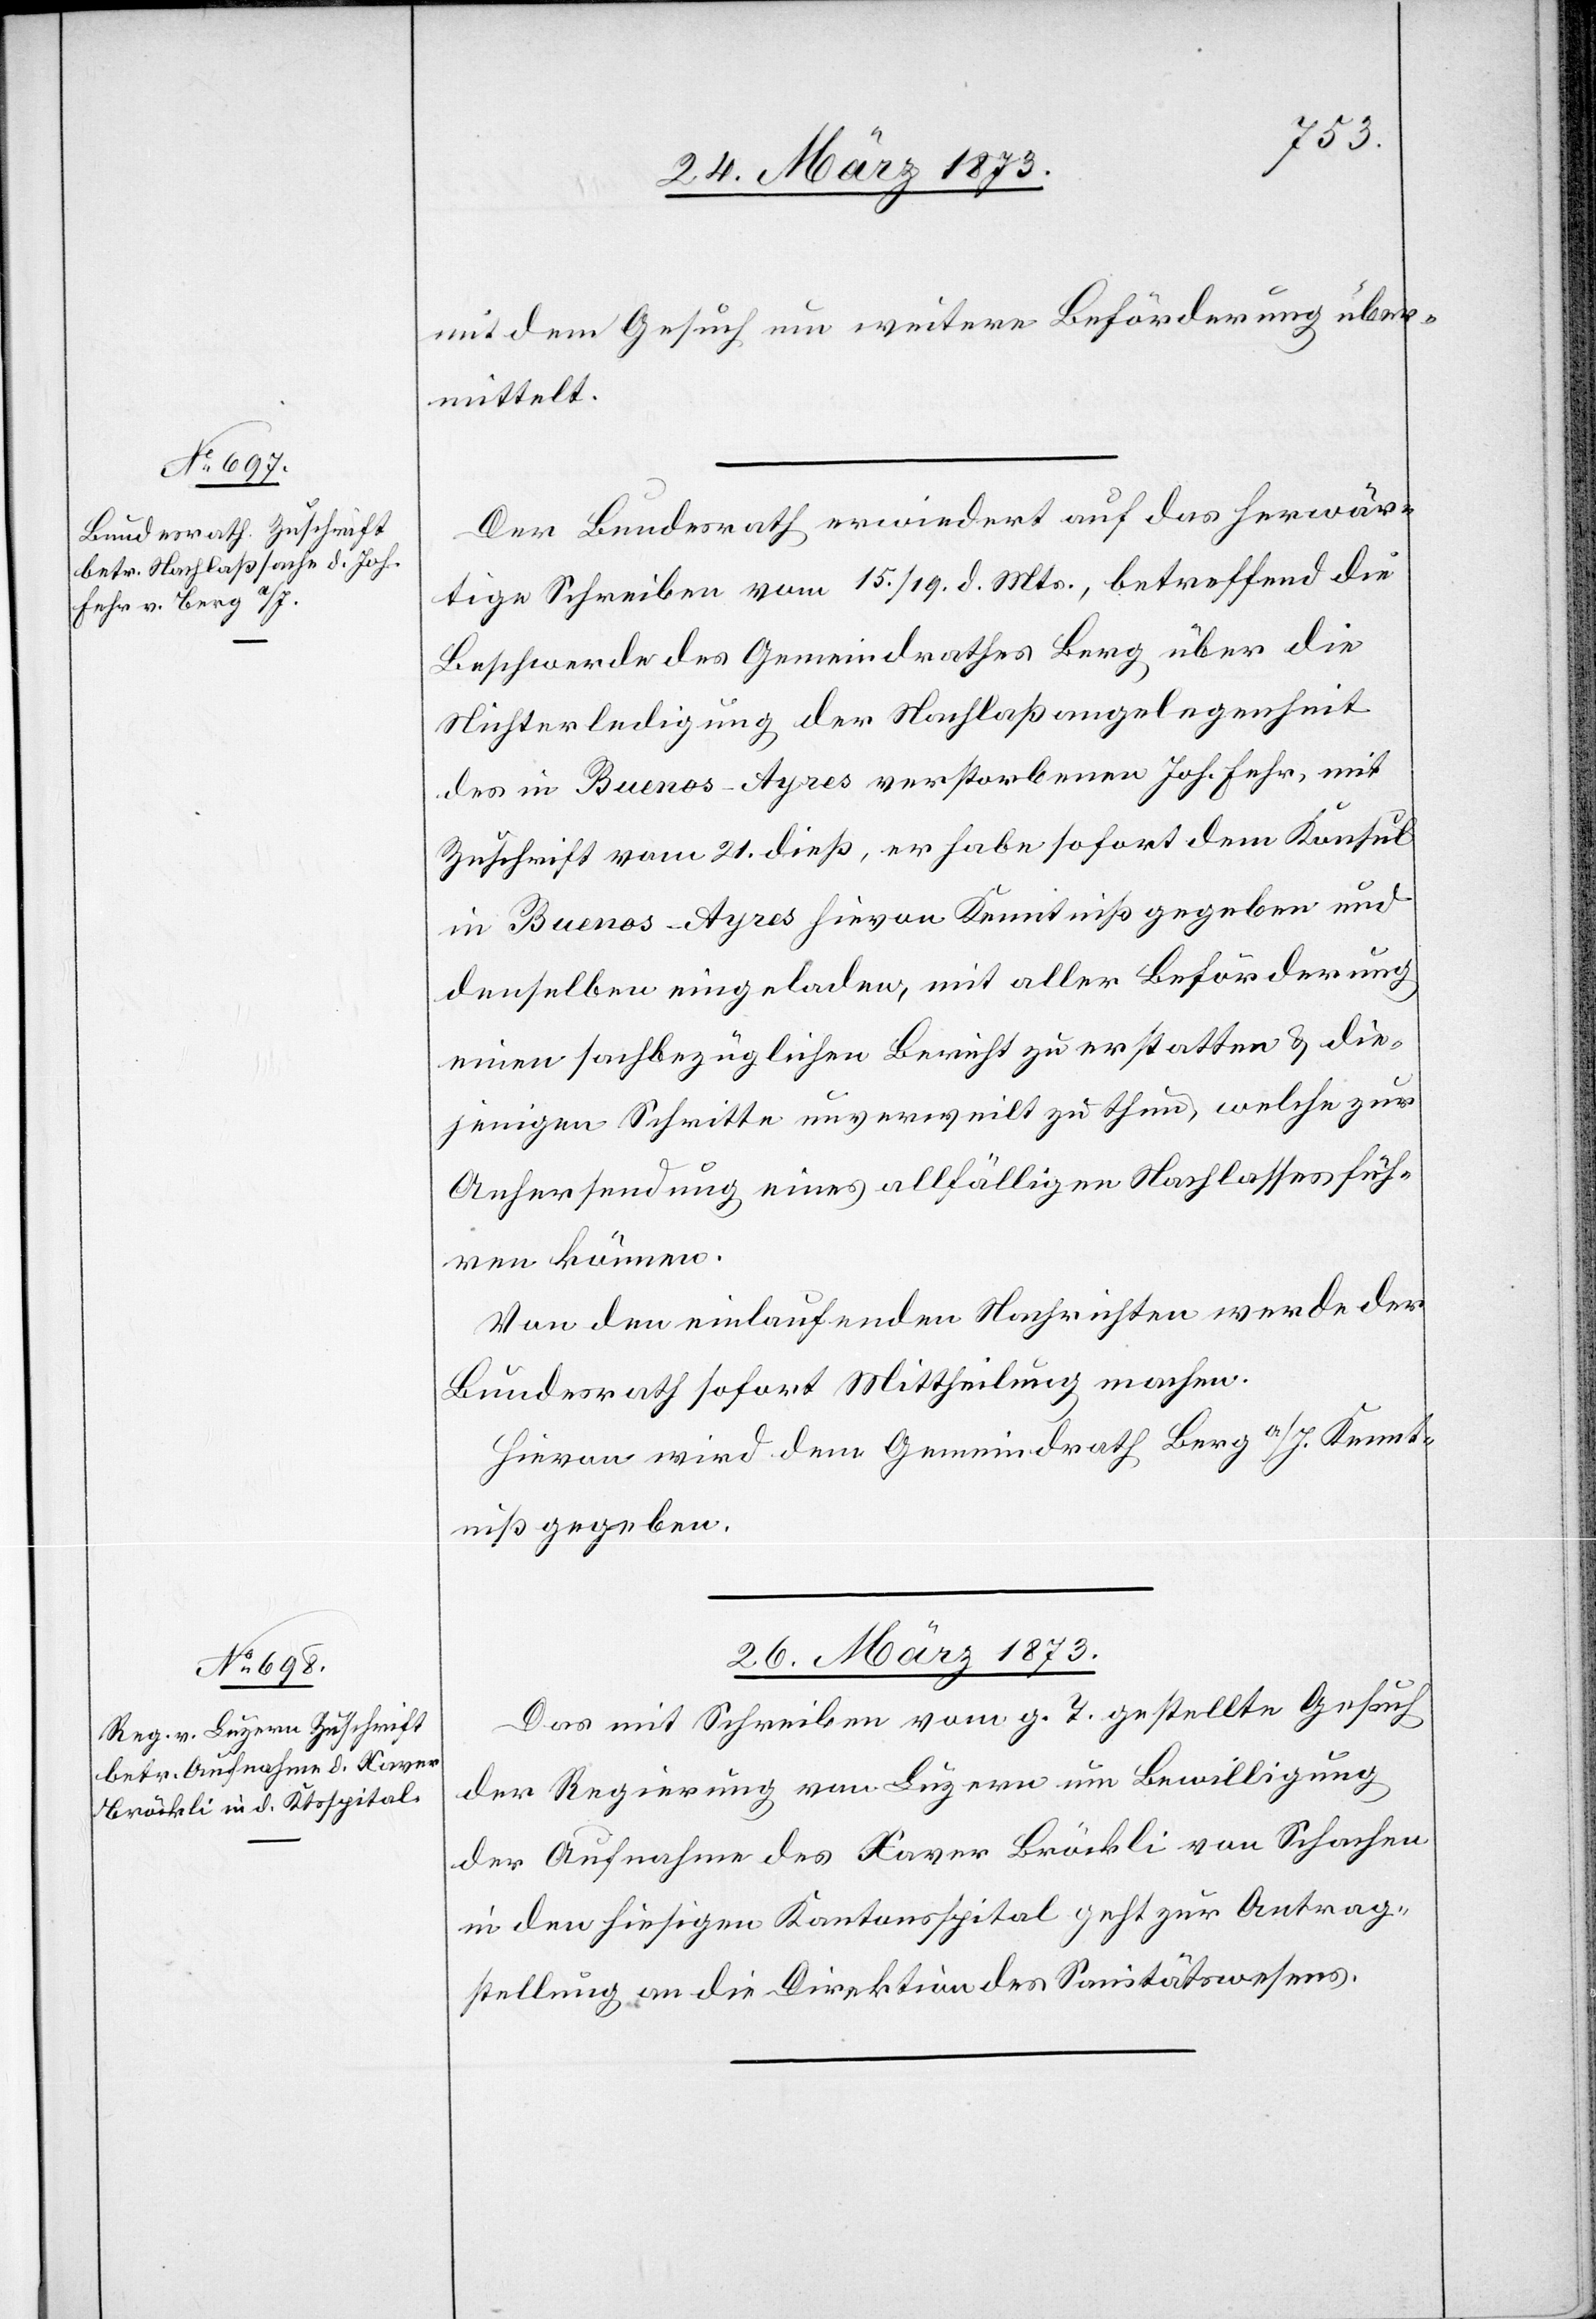
25. März 1873.]
mit dem Gesuch um weitere Beförderung über¬
mittelt.
Der Bundesrath erwiedert auf das herwär¬
tige Schreiben vom 15./19. d. Mts., betreffend die
Beschwerde des Gemeindrathes Berg über die
Nichterledigung der Nachlaßangelegenheit
des in Buenos-Ayres verstorbenen Joh. Fehr, mit
Zuschrift vom 21. dieß, er habe sofort dem Konsul
in Buenos-Ayres hievon Kenntniß gegeben und
denselben eingeladen, mit aller Beförderung
einen sachbezüglichen Bericht zu erstatten u. die¬
jenigen Schritte unverweilt zu thun, welche zur
Anhersendung eines allfälligen Nachlasses füh¬
ren können.
Von den einlaufenden Nachrichten werde der
Bundesrath sofort Mittheilung machen.
Hievon wird dem Gemeindrath Berg a/I. Kennt¬
niß gegeben.
26. März 1873.
Das mit Schreiben vom g. T. gestellte Gesuch
der Regierung von Luzern um Bewilligung
der Aufnahme des Xaver Bröckli von Schachen
in den hiesigen Kantonsspital geht zur Antrag¬
stellung an die Direktion des Sanitätswesens.